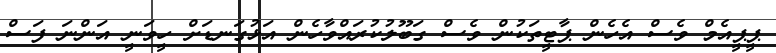
ޕީޕީއެމް ވެސް އެހެން ޕާޓީތަކުން ވެސް ގަބޫލުކުރައްވާހެން އަޅުގަނޑަށް ހީވަނީ އަންނަ ފަސް